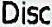
DISC